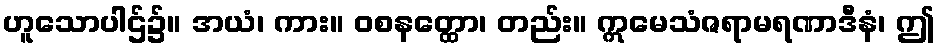
ဟူသောပါဌ်၌။ အယံ၊ ကား။ ဝစနတ္ထော၊ တည်း။ ဣမေသံဇရာမရဏာဒီနံ၊ ဤ